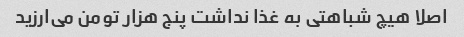
اصلا هیچ شباهتی به غذا نداشت پنج هزار تومن می‌ارزید